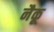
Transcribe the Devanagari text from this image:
नैकू